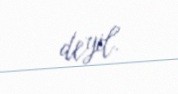
deyil.